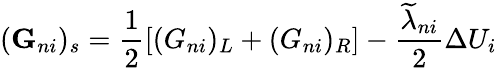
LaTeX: (\textbf{G}_{ni})_{s}=\frac{1}{2}\left[(G_{ni})_{L}+(G_{ni})_{R}\right]-\frac{\widetilde{\lambda}_{ni}}{2}\Delta U_{i}